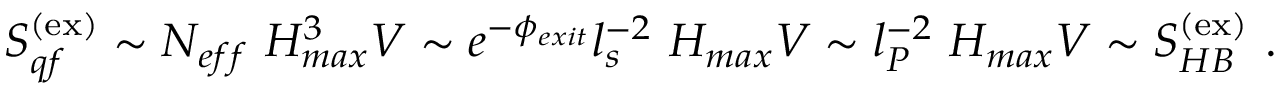
S _ { q f } ^ { ( \mathrm { e x } ) } \sim N _ { e f f } ~ H _ { m a x } ^ { 3 } V \sim e ^ { - \phi _ { e x i t } } l _ { s } ^ { - 2 } ~ H _ { m a x } V \sim l _ { P } ^ { - 2 } ~ H _ { m a x } V \sim S _ { H B } ^ { ( \mathrm { e x } ) } ~ .